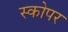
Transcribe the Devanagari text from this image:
स्कोपर